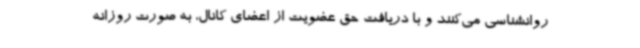
روانشناسی می‌کنند و با دریافت حق عضویت از اعضای کانال، به صورت روزانه